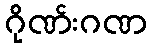
ဂိုဏ်းဂဏ